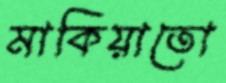
মাকিয়াতো